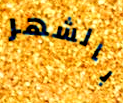
بالشهر